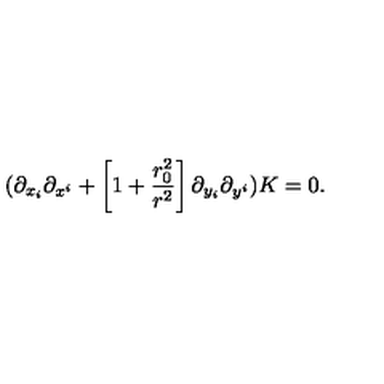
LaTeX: ( \partial _ { x _ { i } } \partial _ { x ^ { i } } + \left[ 1 + { \frac { r _ { 0 } ^ { 2 } } { r ^ { 2 } } } \right] \partial _ { y _ { i } } \partial _ { y ^ { i } } ) K = 0 .